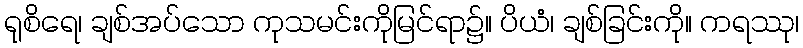
ရုစိရေ၊ ချစ်အပ်သော ကုသမင်းကိုမြင်ရာ၌။ ပိယံ၊ ချစ်ခြင်းကို။ ကရဿု၊